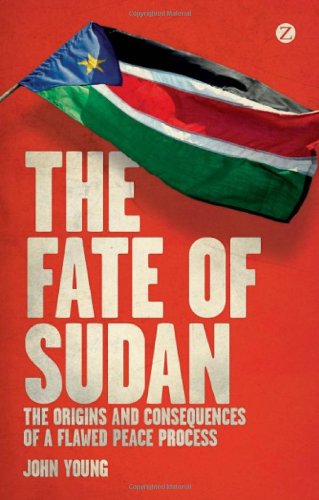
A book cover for The Fate of Sudan: The Origins and Consequences of a Flawed Peace Process; John Young; History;